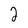
Character: 2